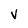
Character: V